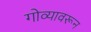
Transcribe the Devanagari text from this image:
गोव्यावरून